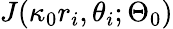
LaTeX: J(\kappa_{0}r_{i},\theta_{i};\Theta_{0})